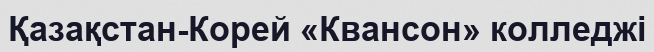
Қазақстан-Корей «Квансон» колледжі